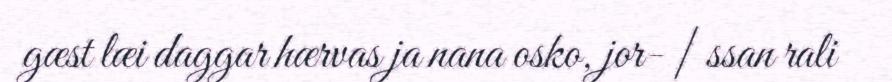
gæst læi daggar hærvas ja nana osko, jor- | ssan rali